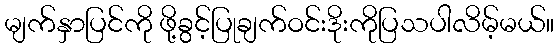
မျက်နှာပြင်ကို ဖို့ခွင့်ပြုချက်ဝင်းဒိုးကိုပြသပါလိမ့်မယ်။